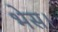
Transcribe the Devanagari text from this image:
भेस।